Leaving Certificate Examination, 1919
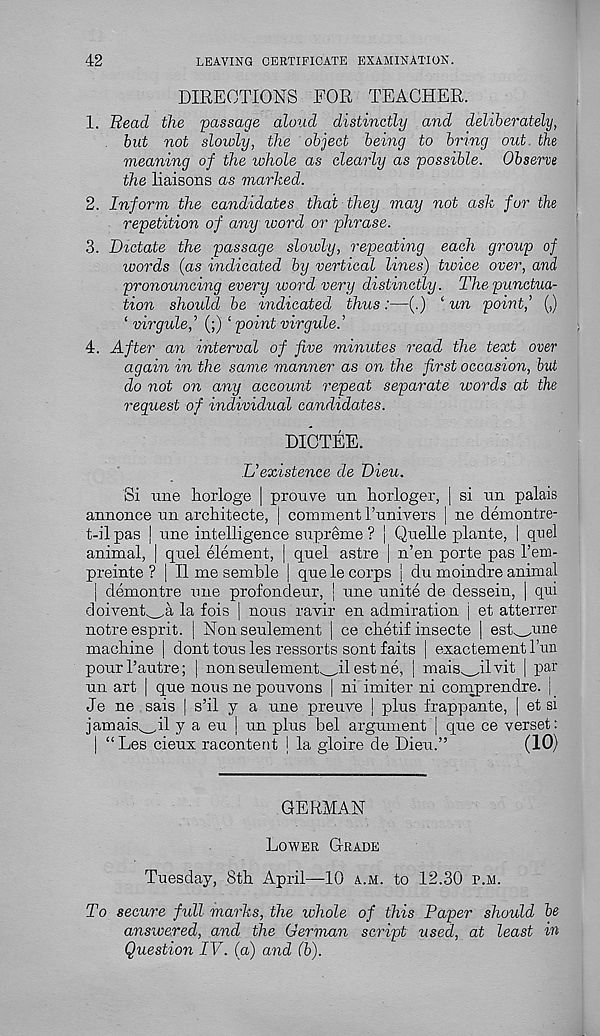
42
LEAVING CERTIFICATE EXAMINATION.
DIRECTIONS FOR TEACHER.
1. Read the 'passage aloud distinctly and deliberately,
but not slowly, the object being to bring out the
meaning of the whole as clearly as possible. Observe
the liaisons as marked.
2. Inform the candidates that they may not ask for the
repetition of any word or phrase.
3. Dictate the passage slowly, repeating each group oj
words (as indicated by vertical lines) twice over, and
pronouncing every word very distinctly. The punctua-
tion should be indicated thus:—(.) ‘ un point,’ Q
‘ virgule,’ (;) ‘ point virgule.’
4. After an interval of five minutes read the text over
again in the same manner as on the first occasion, but
do not on any account repeat separate words at the
request of individual candidates.
DICTEE.
L’existence de Dieu.
Si nne Forloge | prouve un horloger, | si un palais
annonce un architecte, j comment Tunivers | ne demontre-
t-ilpas | une intelligence supreme? | Quelle plante, | quel
animal, | quel element, | quel astre | n’en porte pas I’em-
preinte ? | II me semble | que le corps j du moindre animal
| demontre une profondeur, j une unite de dessein, | qui
doivenR_A la fois | nous ravir en admiration j et atterrer
notre esprit, j Nonseulement | ce clietif insecte | est^une
machine | dont tons les ressorts sont faits j exactement Fun
pourl’autre; | non seulemenb_dl est ne, | mais^ilvit | par
un art | que nous ne pouvons | ni imiter ni comprendre. j
Je ne sais | s’il y a une preure | plus frappante, | et si
jamais w il y a eu j un plus bel argument j que ce verset:
| “ Les cieux racontent | la gloire de Dieu.”
(10)
GERMAN
Lower Grade
Tuesday, 8th April—10 a.m. to 12.30 p.m.
To secure full marks, the whole of this Paper should be
answered, and the German script used, at least in
Question IV. (a) and (b).